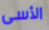
الأسى